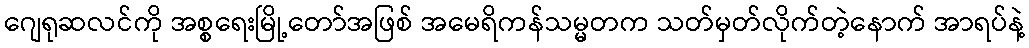
ဂျေရုဆလင်ကို အစ္စရေးမြို့တော်အဖြစ် အမေရိကန်သမ္မတက သတ်မှတ်လိုက်တဲ့နောက် အာရပ်နဲ့